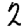
Digit: 2